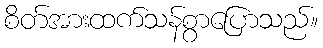
စိတ်အားထက်သန်စွာပြောသည်။